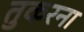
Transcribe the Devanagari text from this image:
तुकरना